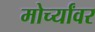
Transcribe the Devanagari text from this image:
मोर्च्यांवर